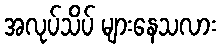
အလုပ်သိပ် များနေသလား